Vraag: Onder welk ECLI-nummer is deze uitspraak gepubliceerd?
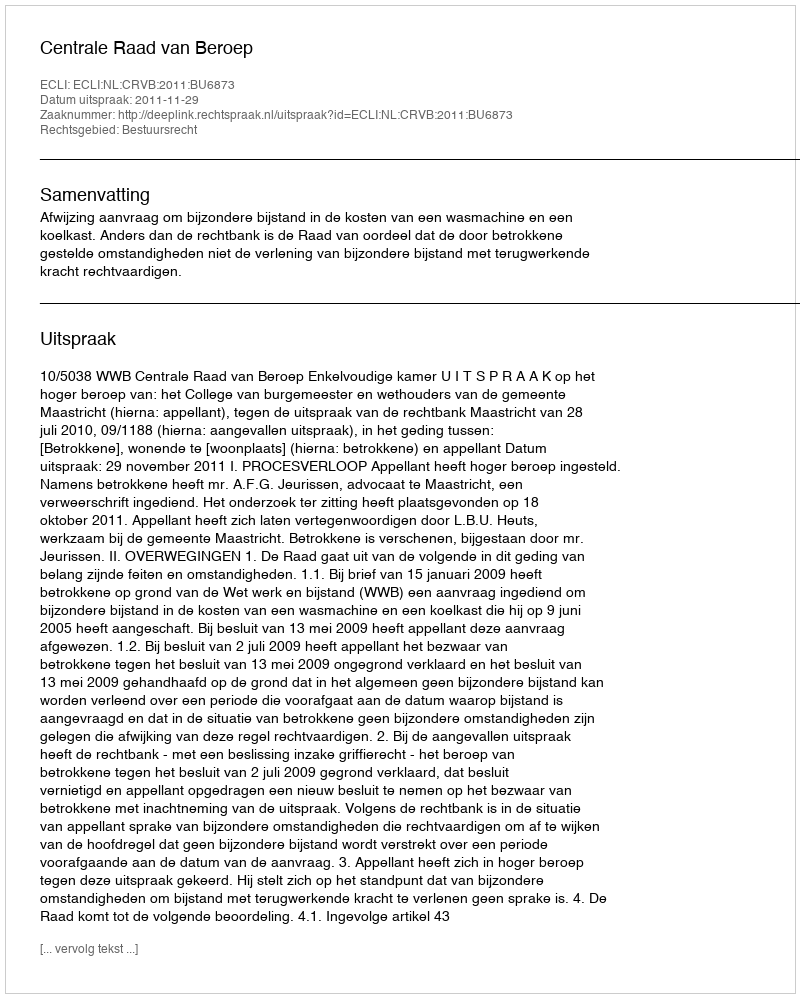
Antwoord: ECLI:NL:CRVB:2011:BU6873